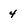
Character: 4